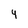
Character: 4